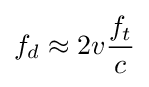
f_{d}\approx 2v{\frac {f_{t}}{c}}